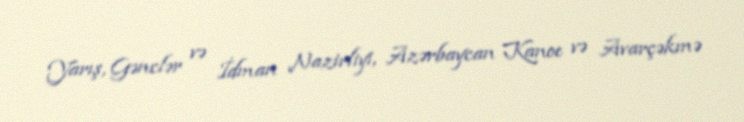
Yarış, Gənclər və İdman Nazirliyi, Azərbaycan Kanoe və Avarçəkmə